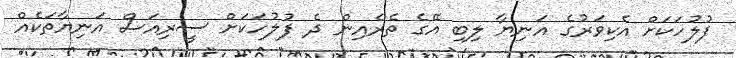
ފުލުހަކަށް އެކިވަރުގެ އަނިޔާ ލިބި އޭގެ ތެރެއިން ދެ ފުލުހަކަށް ސީރިއަސް އަނިޔާތަކެއް